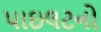
પાઇલટનો